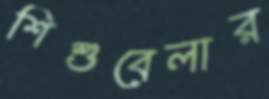
শিশুবেলার